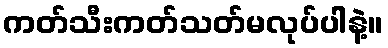
ကတ်သီးကတ်သတ်မလုပ်ပါနဲ့။